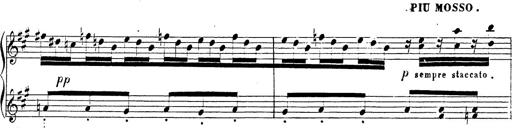
Title: Chanson bohÃ©mienne
Composer: Franz Liszt